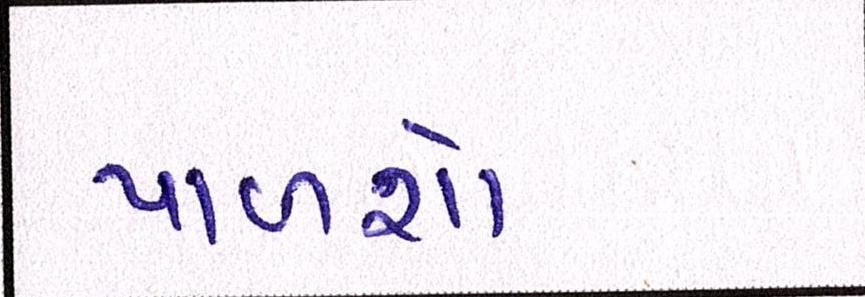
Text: પાળશો